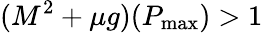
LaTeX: (M^{2}+\mu g)(P_{\mathrm{{max}}})>1